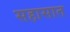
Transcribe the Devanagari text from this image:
सहासात